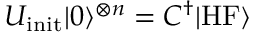
U _ { \mathrm { i n i t } } | 0 \rangle ^ { \otimes n } = C ^ { \dagger } | \mathrm { H F } \rangle